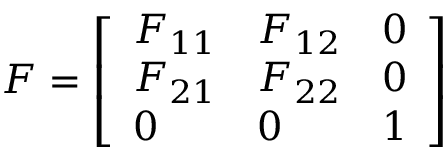
{ \boldsymbol { F } } = { \left[ \begin{array} { l l l } { F _ { 1 1 } } & { F _ { 1 2 } } & { 0 } \\ { F _ { 2 1 } } & { F _ { 2 2 } } & { 0 } \\ { 0 } & { 0 } & { 1 } \end{array} \right] }